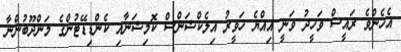
އެހެންވެ ރައީސް ވަހީދު ވަނީ އިއްޔެ ހަވީރު އިލެކްޝަންސް ކޮމިޝަނާއި ކެންޑިޑޭޓުންގެ މަންދޫބުންނާ